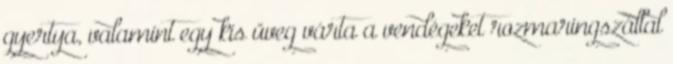
gyertya, valamint egy kis üveg várta a vendégeket rozmaringszállal